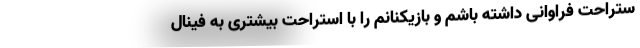
ستراحت فراوانی داشته باشم و بازیکنانم را با استراحت بیشتری به فینال